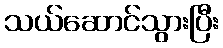
သယ်ဆောင်သွားပြီး